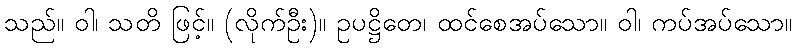
သည်။ ဝါ၊ သတိ ဖြင့်။ (လိုက်ဦး)။ ဥပဋ္ဌိတေ၊ ထင်စေအပ်သော။ ဝါ၊ ကပ်အပ်သော။